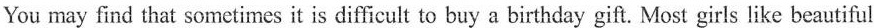
You may find that sometimes it is difficult to buy a birthday gift. Most girls like beautiful